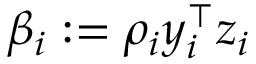
\beta _ { i } : = \rho _ { i } y _ { i } ^ { \top } z _ { i }